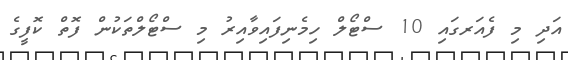
އަދި މި ފެއަރގައި 10 ސްޓޯލް ހިމެނިފައިވާއިރު މި ސްޓޯލްތަކުން ފޮތް ކޮފީގެ